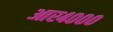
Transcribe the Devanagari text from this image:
आर४०००